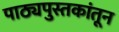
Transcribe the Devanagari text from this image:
पाठ्यपुस्तकांतून